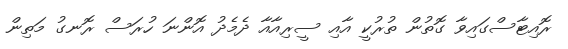
ރޮއިޓާސްގައިވާ ގޮތުން ތުރުކީ އާއި ސީރިއާއާ ދެމެދު އޮންނަ ހުރަސް ރޮނގު މަތިން